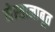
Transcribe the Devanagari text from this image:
नेस्तानाबूत